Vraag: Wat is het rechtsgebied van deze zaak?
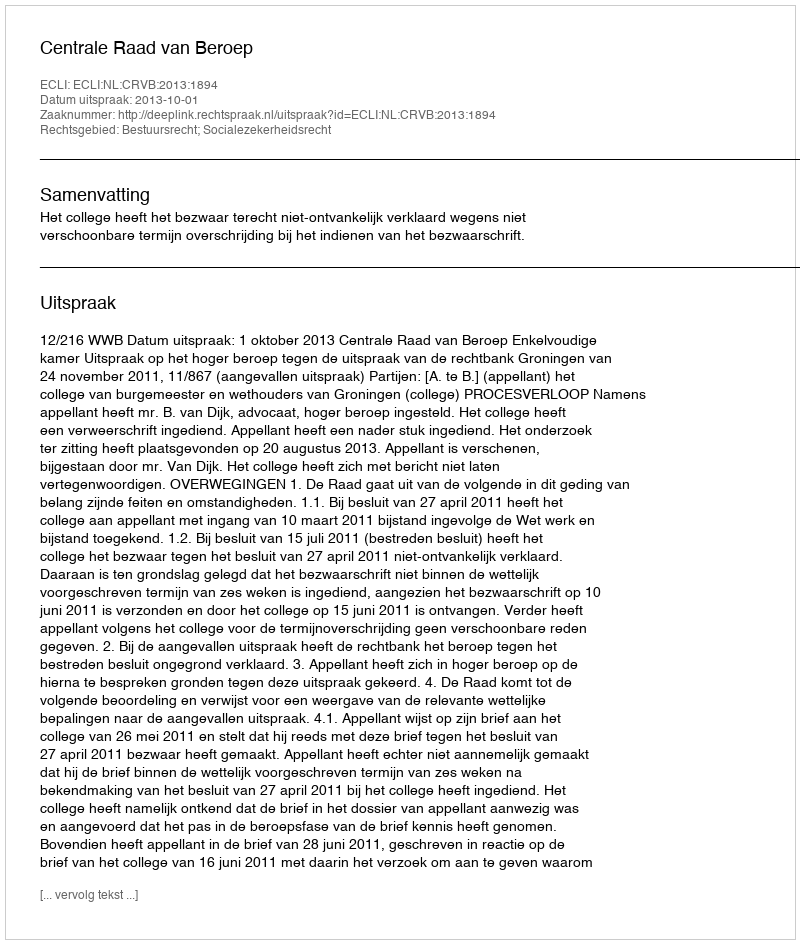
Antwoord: Bestuursrecht; Socialezekerheidsrecht